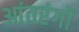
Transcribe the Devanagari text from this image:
आंतरंगों